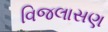
વિજલાસણ